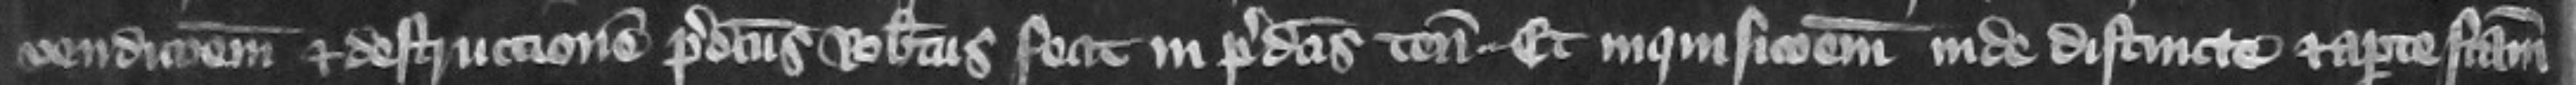
vendicionem et destruccionem predictus Robertus fecit in predictis tenementis et inquisicionem inde distincte et aperte factam